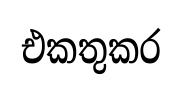
එකතුකර